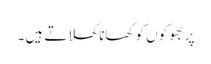
پر بھوکوں کو کھانا کھلاتے ہیں ۔